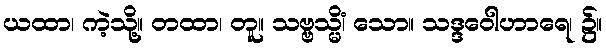
ယထာ၊ ကဲ့သို့။ တထာ၊ တူ။ သဗ္ဗသ္မိံ၊ သော။ သဒ္ဒဝေါဟာရေ၊ ၌။